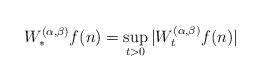
LaTeX: \begin{align*}W^{(\alpha,\beta)}_{\ast}f(n)=\sup_{t>0}|W_t^{(\alpha,\beta)}f(n)|\end{align*}